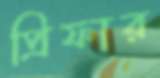
প্রিফার